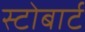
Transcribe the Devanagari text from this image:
स्टोबार्ट